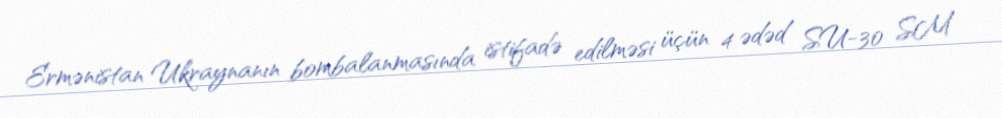
Ermənistan Ukraynanın bombalanmasında istifadə edilməsi üçün 4 ədəd SU-30 SM